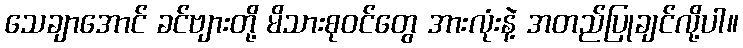
သေချာအောင် ခင်ဗျားတို့ မိသားစုဝင်တွေ အားလုံးနဲ့ အတည်ပြုချင်လို့ပါ။